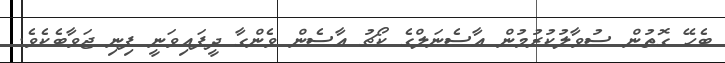
ބެހޭ ގޮތުން ސުވާލުކުރުމުން އާސެނަލްގެ ކޯޗު އާސެން ވެންގާ ދީފައިވަނީ ފިނި ޖަވާބެކެވެ.